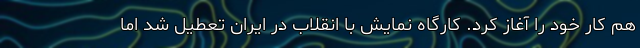
هم کار خود را آغاز کرد. کارگاه نمایش با انقلاب در ایران تعطیل شد اما